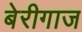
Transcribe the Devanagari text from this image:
बेरीगाज